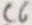
Text: C6